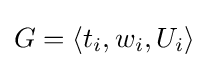
G=\langle t_{i},w_{i},U_{i}\rangle